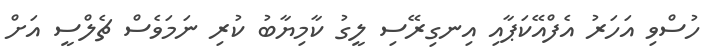
ހުސްވި އަހަރު އެފްއޭކަޕާއި އިނގިރޭސި ލީގު ކާމިޔާބު ކުރި ނަމަވެސް ޗެލްސީ އަށް